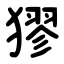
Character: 㺒